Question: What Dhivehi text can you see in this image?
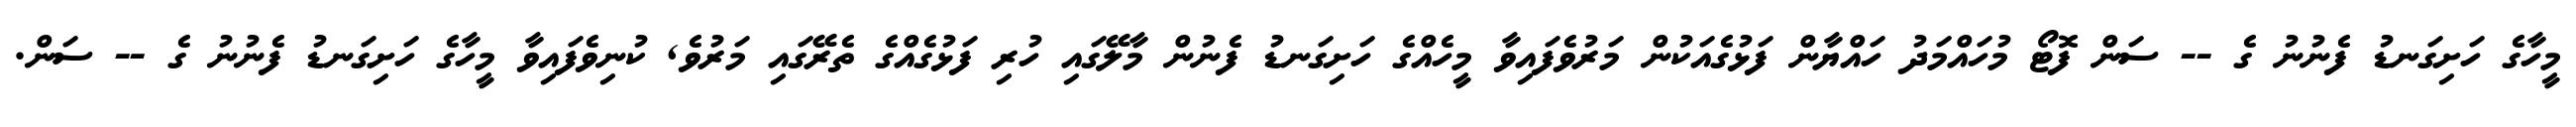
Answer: މީހާގެ ހަށިގަނޑު ފެނުނު ގެ -- ސަން ފޮޓޯ މުހައްމަދު ހައްޔާން ފަޅުގެއަކުން މަރުވެފައިވާ މީހެއްގެ ހަށިގަނޑު ފެނުން މާލޭގައި ހުރި ފަޅުގެއްގެ ތެރޭގައި މަރުވެ, ކުނިވެފައިވާ މީހާގެ ހަށިގަނޑު ފެނުނު ގެ -- ސަން.